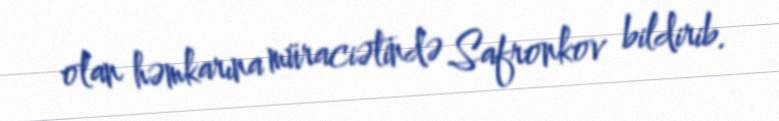
olan həmkarına müraciətində Safronkov bildirib.